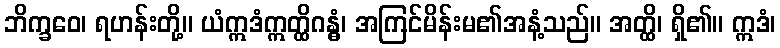
ဘိက္ခဝေ၊ ရဟန်းတို့။ ယံဣဒံဣတ္ထိဂန္ဓံ၊ အကြင်မိန်းမ၏အနံ့သည်။ အတ္ထိ၊ ရှိ၏။ ဣဒံ၊